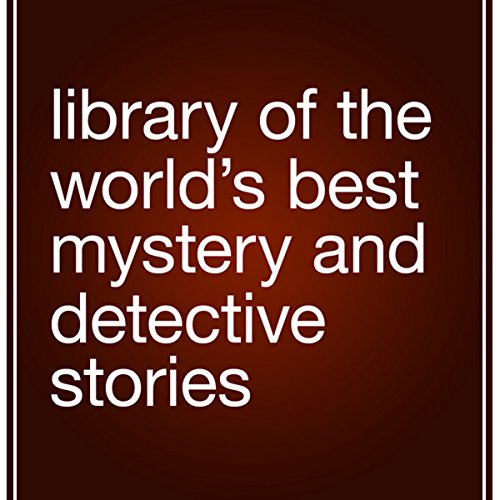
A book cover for Library of the World's Best Mystery and Detective Stories; Julian Hawthorne (editor); Law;